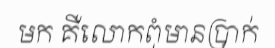
មក គឺលោកពុំមានប្រាក់